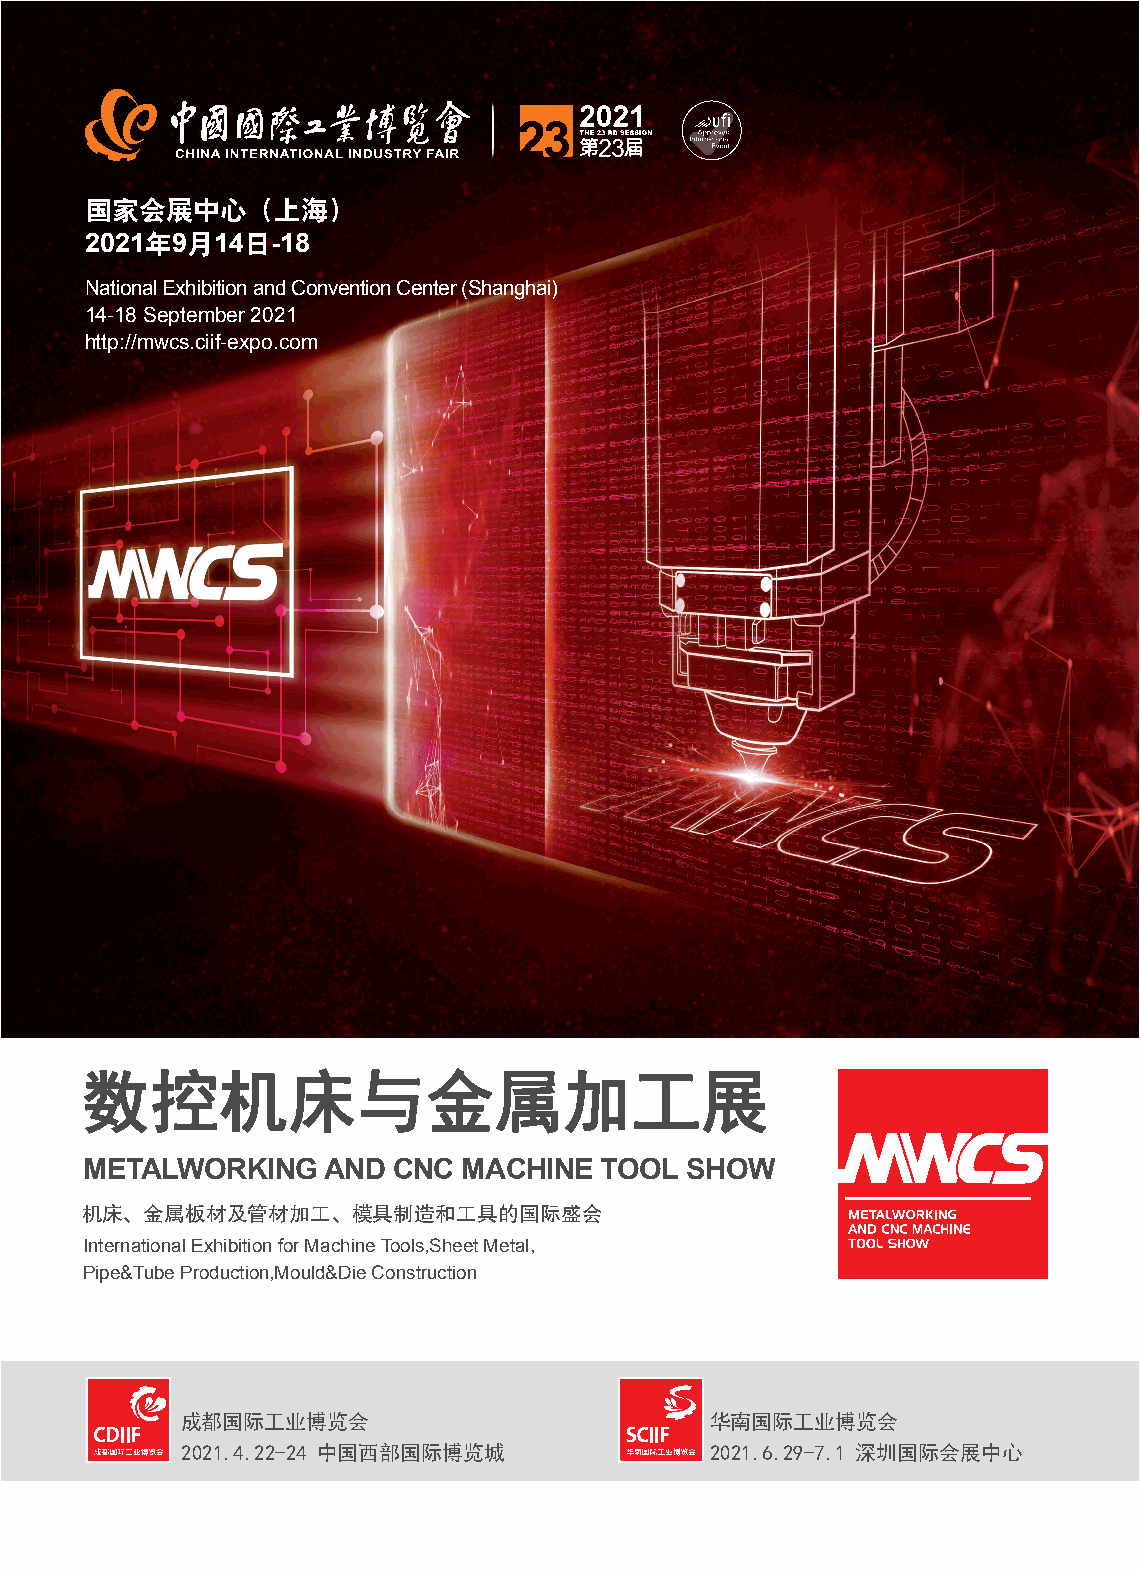
国家会展中心（上海）
 2021年9月14日-18日（暂定）
 National Exhibition and Convention Center (Shanghai)
 14-18 September 2021
 http://mwcs.ciif-expo.com
 METALWORKING   AND  CNC  MACHINE  TOOL SHOW
 机床、金属板材及管材加工、模具制造和工具的国际盛会
 International Exhibition for Machine Tools,Sheet Metal,
 Pipe&Tube Production,Mould&Die Construction
 成都国际工业博览会                          华南国际工业博览会
 2021.4.22-24 中国西部国际博览城             2021.6.29-7.1 深圳国际会展中心